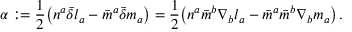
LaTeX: \alpha : = { \frac { 1 } { 2 } } { \big ( } n ^ { a } { \bar { \delta } } l _ { a } - { \bar { m } } ^ { a } { \bar { \delta } } m _ { a } { \big ) } = { \frac { 1 } { 2 } } { \big ( } n ^ { a } { \bar { m } } ^ { b } \nabla _ { b } l _ { a } - { \bar { m } } ^ { a } { \bar { m } } ^ { b } \nabla _ { b } m _ { a } { \big ) } \, .